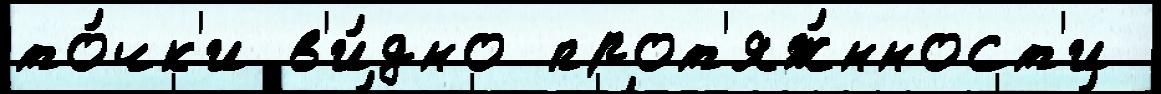
то́чк'и в'и́дно прот'яж́нност'и